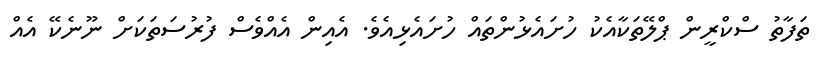
ތަފާތު ސްކްރީން ޕްލޭތަކާއެކު ހުށައެޅުންތައް ހުށައެޅިއެވެ. އެއިން އެއްވެސް ފުރުސަތަކަށް ނޫނެކޭ އެއް